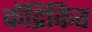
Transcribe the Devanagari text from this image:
केंद्रिकित